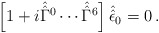
\begin{align*}\left[1+i\hat{\hat{\Gamma}}{}^{0}\cdots\hat{\hat{\Gamma}}{}^{6}\right]\hat{\hat{\epsilon}}_{0}=0\, .\end{align*}